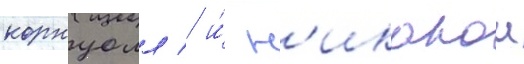
корнуолл / и́ н'икакои